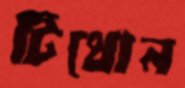
টিথোন